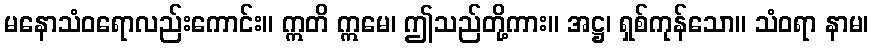
မနောသံဝရောလည်းကောင်း။ ဣတိ ဣမေ၊ ဤသည်တို့ကား။ အဋ္ဌ၊ ရှစ်ကုန်သော။ သံဝရာ နာမ၊